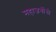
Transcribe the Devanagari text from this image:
महाजनींनी